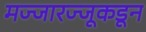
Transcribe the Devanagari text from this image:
मज्जारज्जूकडून